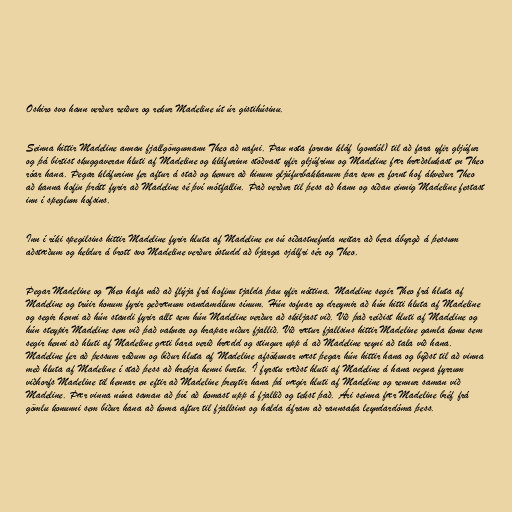
Oshiro svo hann verður reiður og rekur Madeline út úr gistihúsinu.

Seinna hittir Madeline annan fjallgöngumann Theo að nafni. Þau nota fornan kláf (gondól) til að fara yfir gljúfur
og þá birtist skuggaveran hluti af Madeline og kláfurinn stöðvast yfir gljúfrinu og Madeline fær hræðslukast en Theo
róar hana. Þegar kláfurinn fer aftur á stað og kemur að hinum gljúfurbakkanum þar sem er fornt hof ákveður Theo
að kanna hofin þrátt fyrir að Madeline sé því mótfallin. Það verður til þess að hann og síðan einnig Madeline festast
inn í speglum hofsins.

Inn í ríki spegilsins hittir Madeline fyrir hluta af Madeline en sú síðastnefnda neitar að bera ábyrgð á þessum
aðstæðum og heldur á brott svo Madeline verður óstudd að bjarga sjálfri sér og Theo.

Þegar Madeline og Theo hafa náð að flýja frá hofinu tjalda þau yfir nóttina. Madeline segir Theo frá hluta af
Madeline og trúir honum fyrir geðrænum vandamálum sínum. Hún sofnar og dreymir að hún hitti hluta af Madeline
og segir henni að hún standi fyrir allt sem hún Madeline verður að skiljast við. Við það reiðist hluti af Madeline og
hún steypir Madeline sem við það vaknar og hrapar niður fjallið. Við rætur fjallsins hittir Madeline gamla konu sem
segir henni að hluti af Madeline gæti bara verið hrædd og stingur upp á að Madeline reyni að tala við hana.
Madeline fer að þessum ráðum og biður hluta af Madeline afsökunar næst þegar hún hittir hana og býðst til að vinna
með hluta af Madeline í stað þess að hrekja henni burtu. Í fyrstu ræðst hluti af Madeline á hana vegna fyrrum
viðhorfs Madeline til hennar en eftir að Madeline þreytir hana þá vægir hluti af Madeline og rennur saman við
Madeline. Þær vinna núna saman að því að komast upp á fjallið og tekst það. Ári seinna fær Madeline bréf frá
gömlu konunni sem biður hana að koma aftur til fjallsins og halda áfram að rannsaka leyndardóma þess.